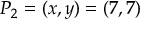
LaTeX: P _ { 2 } = ( x , y ) = ( 7 , 7 )